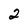
Character: 2